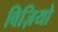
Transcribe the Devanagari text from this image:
विज़ियो